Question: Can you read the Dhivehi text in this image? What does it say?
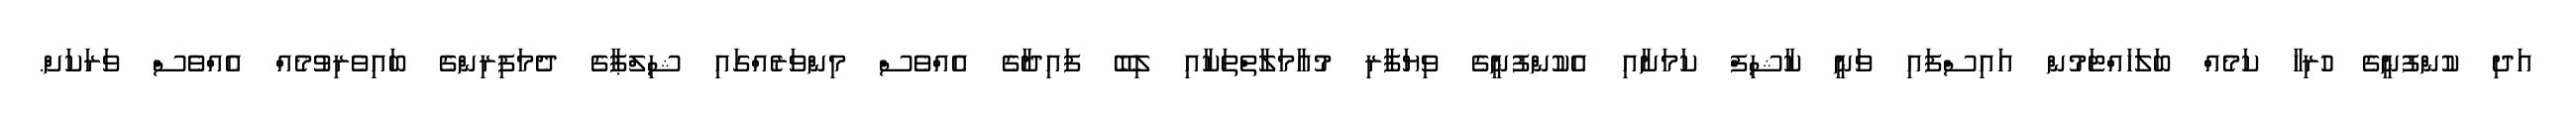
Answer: އަދި ކުންފުނީގެ ހުރިހާ ކަމެއް ބަލަހައްޓަމުން އައިސްފައި ވަނީ ކާޝިފް ކަމަށާއި އެކުންފުނީގެ ވިޔަފާރި މުއާމަލާތްތަކާއި ލިބޭ ފައިދާގެ އެއްވެސް މިންވަރެއްގައި ޝިލްޕާގެ ދެމަފިރިންގެ ބައިވެރިވުމެއް އެއްވެސް ވަރަކަށް.